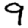
Digit: 9